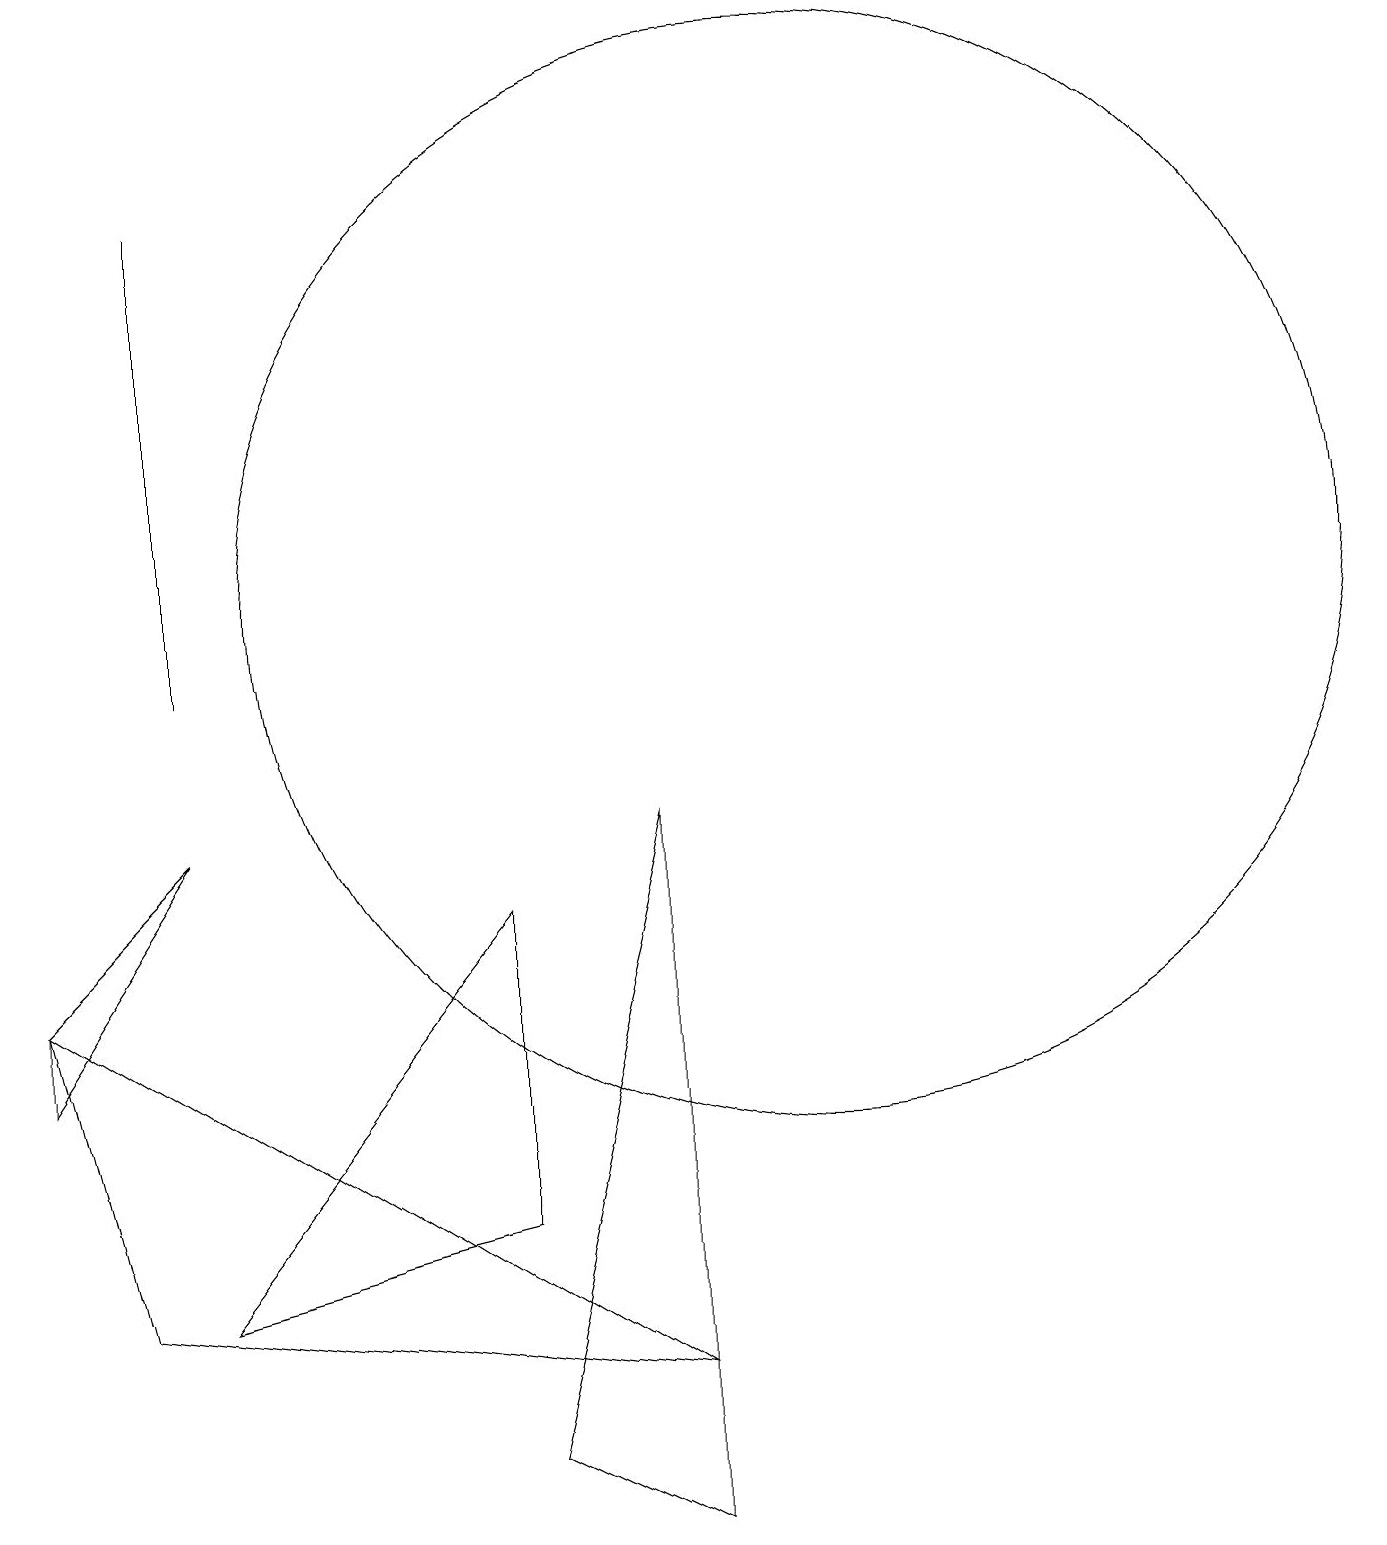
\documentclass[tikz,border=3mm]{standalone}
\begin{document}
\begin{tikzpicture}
\draw (11,12) circle (7);
\draw (3,9) -- (1,6) -- (1,7) -- cycle;
\draw (3,11) rectangle (3,17);
\draw (7,1) -- (9,0) -- (9,9) -- cycle;
\draw (9,2) -- (1,7) -- (2,3) -- cycle;
\draw (7,4) -- (3,3) -- (7,8) -- cycle;
\draw (11,10) circle (0);
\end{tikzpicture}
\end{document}